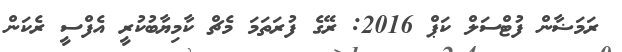
ރަމަޟާން ފުޓްސަލް ކަޕް 2016: ރޭގެ ފުރަތަމަ މެޗް ކާމިޔާބުކުރީ އެފްސީ ރެކަން